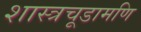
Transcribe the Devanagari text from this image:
शास्त्रचूडामणि